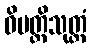
ဝိပတ္တိသုတ္တံ